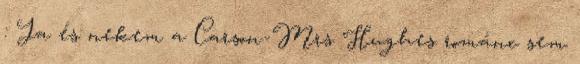
: Ja és nekem a Carson-Mrs Hughes románc sem